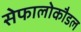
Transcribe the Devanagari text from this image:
सेफालोकौडल